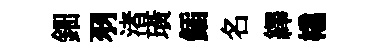
鈿羽渚璜鍤名繹橇